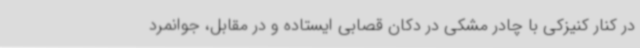
در کنار کنیزکی با چادر مشکی در دکان قصابی ایستاده و در مقابل، جوانمرد